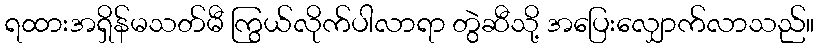
ရထားအရှိန်မသတ်မီ ကြွယ်လိုက်ပါလာရာ တွဲဆီသို့ အပြေးလျှောက်လာသည်။